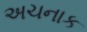
અચનાક